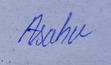
Signature authenticity: genuine